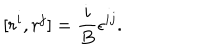
LaTeX: [ r ^ { i } , r ^ { j } ] = { \frac { i } { B } } \epsilon ^ { i j } .